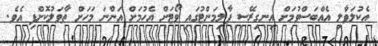
އެކުލަވާލި އެއްބަސްވުމަށް އިނގިރޭސި ޕާލިމަންޓުގައި ވޯޓަށް އެހުމަށް އަންނަ މަހަށް ތާވަލުކޮށްފި އެވެ.